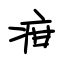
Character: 疳